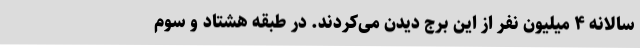
سالانه ۴ میلیون نفر از این برج دیدن می‌کردند. در طبقه هشتاد و سوم